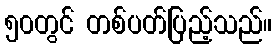
၅၀တွင် တစ်ပတ်ပြည့်သည်။